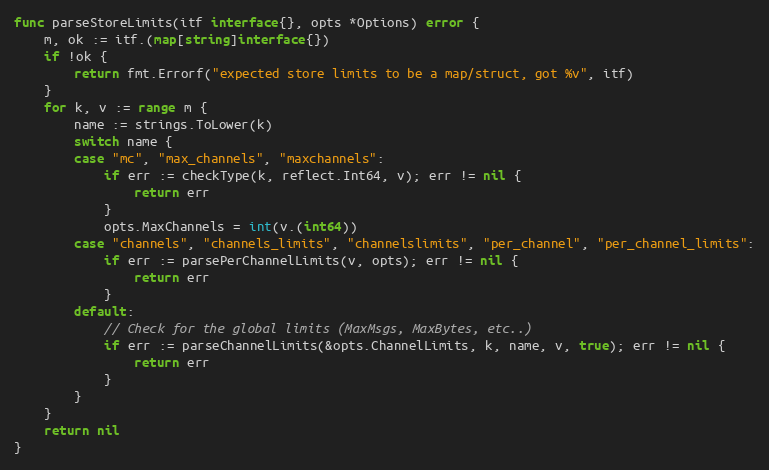
Language: Go
func parseStoreLimits(itf interface{}, opts *Options) error {
	m, ok := itf.(map[string]interface{})
	if !ok {
		return fmt.Errorf("expected store limits to be a map/struct, got %v", itf)
	}
	for k, v := range m {
		name := strings.ToLower(k)
		switch name {
		case "mc", "max_channels", "maxchannels":
			if err := checkType(k, reflect.Int64, v); err != nil {
				return err
			}
			opts.MaxChannels = int(v.(int64))
		case "channels", "channels_limits", "channelslimits", "per_channel", "per_channel_limits":
			if err := parsePerChannelLimits(v, opts); err != nil {
				return err
			}
		default:
			// Check for the global limits (MaxMsgs, MaxBytes, etc..)
			if err := parseChannelLimits(&opts.ChannelLimits, k, name, v, true); err != nil {
				return err
			}
		}
	}
	return nil
}